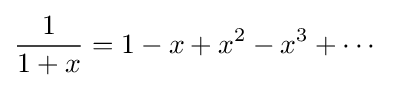
{\frac {1}{1+x}}=1-x+x^{2}-x^{3}+\cdots